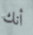
أنك